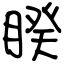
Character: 睽